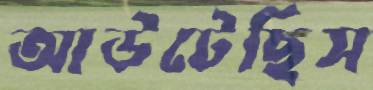
আউটেছিস